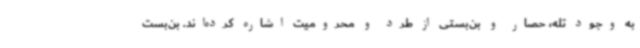
به وجود تله، حصار و بن‌بستی از طرد و محرومیت اشاره کرده‌اند. بن‌بست